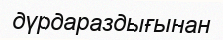
дүрдараздығынан